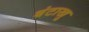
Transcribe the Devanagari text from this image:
बंटाखु